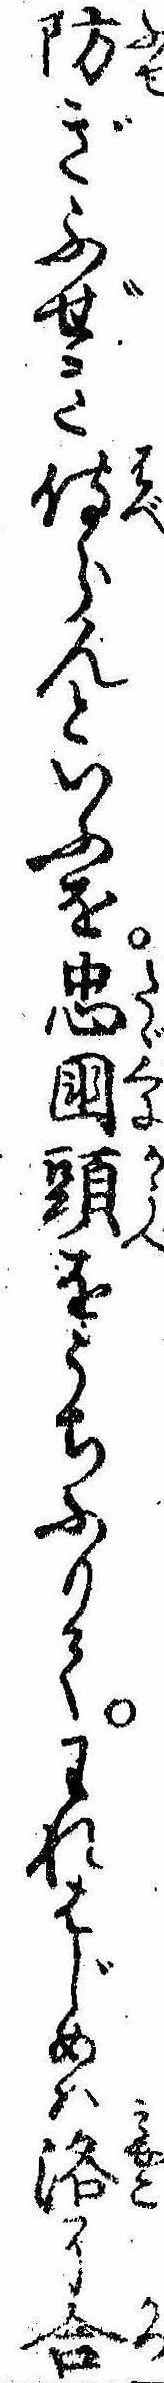
防ぎふぜき侍らんといふを忠国頭をうちふりてわれはじめは洛に合